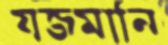
যজমানি